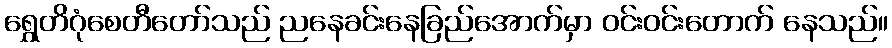
ရွှေတိဂုံစေတီတော်သည် ညနေခင်းနေခြည်အောက်မှာ ဝင်းဝင်းတောက် နေသည်။